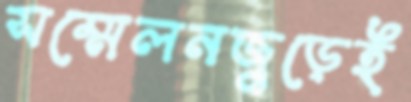
সম্মেলনজুড়েই